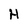
Character: H